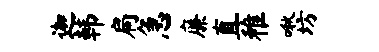
迦韩扃急廉直稚啾坊